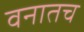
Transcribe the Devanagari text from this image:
वनातच